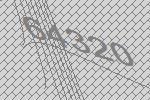
64320